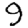
Digit: 9